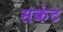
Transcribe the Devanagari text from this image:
सकंट